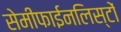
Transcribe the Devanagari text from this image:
सेमीफाईनलिस्टों